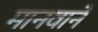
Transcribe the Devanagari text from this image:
मानवानें